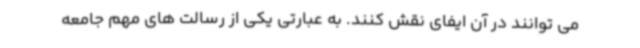
می توانند در آن ایفای نقش کنند. به عبارتی یکی از رسالت های مهم جامعه